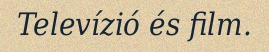
Televízió és film.